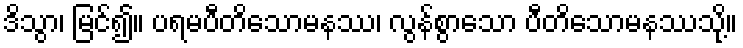
ဒိသွာ၊ မြင်၍။ ပရမပီတိသောမနဿ၊ လွန်စွာသော ပီတိသောမနဿသို့။